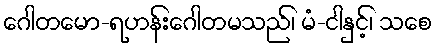
ဂေါတမော-ရဟန်းဂေါတမသည်၊ မံ-ငါနှင့်၊ သစေ